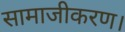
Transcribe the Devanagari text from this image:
सामाजीकरण।